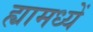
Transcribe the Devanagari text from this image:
ह्यामध्यें